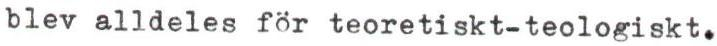
blev alldeles för teoretiskt-teologiskt.